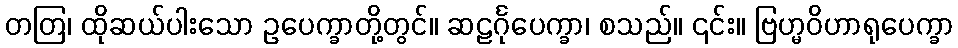
တတြ၊ ထိုဆယ်ပါးသော ဥပေက္ခာတို့တွင်။ ဆဠင်္ဂုပေက္ခာ၊ စသည်။ ၎င်း။ ဗြဟ္မဝိဟာရုပေက္ခာ